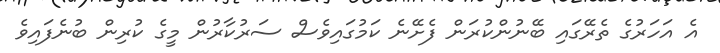
އެ އަހަރުގެ ތެރޭގައި ބޭނުންކުރަން ފެށޭނެ ކަމުގައިވެސް ސަރުކާރުން މީގެ ކުރިން ބުނެފައިވެ